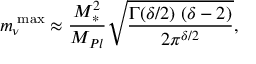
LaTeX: m _ { \nu } ^ { \mathrm { \scriptsize ~ m a x } } \approx \frac { M _ { \ast } ^ { 2 } } { M _ { P l } } \sqrt { \frac { \Gamma ( \delta / 2 ) \; ( \delta - 2 ) } { 2 \pi ^ { \delta / 2 } } } ,